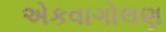
એકવાગોલણ